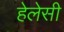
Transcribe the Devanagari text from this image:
हेलेसी